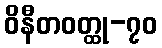
ဝိနီတဝတ္ထု-၇၀